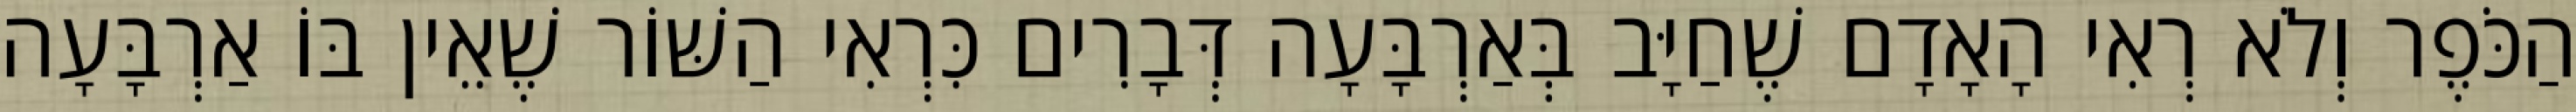
הַכֹּפֶר וְלֹא רְאִי הָאָדָם שֶׁחַיָּב בְּאַרְבָּעָה דְּבָרִים כִּרְאִי הַשּׁוֹר שֶׁאֵין בּוֹ אַרְבָּעָה